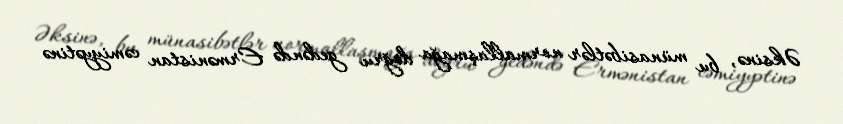
Əksinə, bu münasibətlər normallaşmağa doğru gedəndə Ermənistan cəmiyyətinə